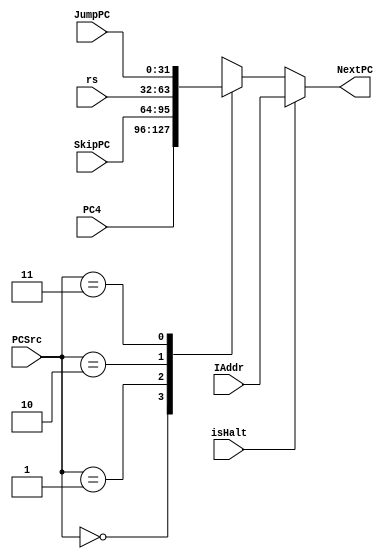
module select4_1(
	input [31:0] IAddr,
	input [31:0] PC4,
	input [31:0] SkipPC,
	input [31:0] rs,
	input [31:0] JumpPC,
	input [1:0] PCSrc,
	input isHalt,
	output reg [31:0] NextPC
);
	always@(PC4 or SkipPC or JumpPC or PCSrc or isHalt)begin
		if(isHalt==1)
			NextPC<=IAddr;
		else begin
			case(PCSrc)
				2'b00:NextPC<=PC4;
				2'b01:NextPC<=SkipPC;
				2'b10:NextPC<=rs;
				2'b11:NextPC<=JumpPC;
			endcase
		end
	end
endmodule